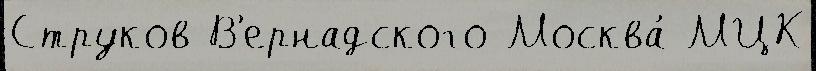
Струков В'ернадского Москва́ МЦК